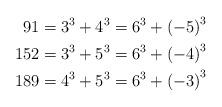
LaTeX: \begin{align*}91 & =3^{3}+4^{3}=6^{3}+\left(-5\right)^{3}\\152 & =3^{3}+5^{3}=6^{3}+\left(-4\right)^{3}\\189 & =4^{3}+5^{3}=6^{3}+\left(-3\right)^{3}\end{align*}